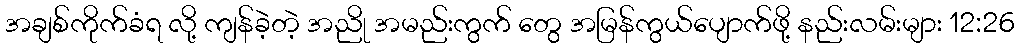
အချစ်ကိုက်ခံရ လို့ ကျန်ခဲ့တဲ့ အညို အမည်းကွက် တွေ အမြန်ကွယ်ပျောက်ဖို့ နည်းလမ်းများ 12:26